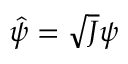
\hat { \psi } = \sqrt { J } \psi